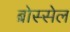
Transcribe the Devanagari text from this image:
ब्रोस्सेल